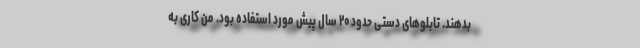
بدهند. تابلوهای دستی حدود ۲۰ سال پیش مورد استفاده بود. من کاری به